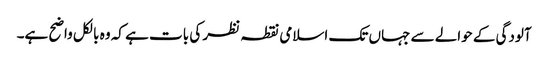
آلودگی کے حوالے سے جہاں تک اسلامی نقطہ نظر کی بات ہے کہ وہ بالکل واضح ہے۔